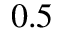
0 { . } 5